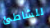
للشاطئ